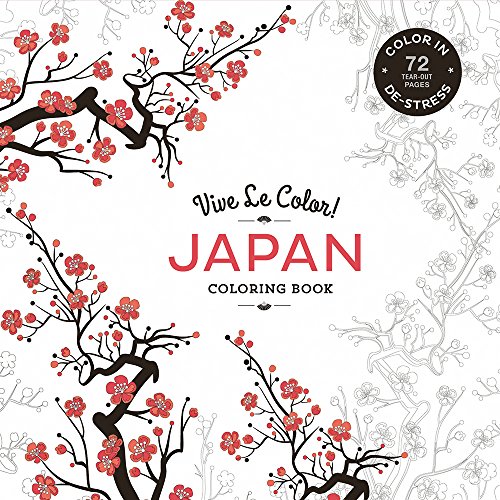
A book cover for Vive Le Color! Japan (Coloring Book): Color In: De-Stress (72 Tear-Out Pages); Abrams Noterie; Humor & Entertainment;